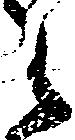
々